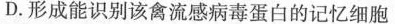
D.形成能识别该禽流感病毒蛋白的记忆细胞